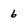
Character: 6